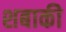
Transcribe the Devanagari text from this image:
शबाकी